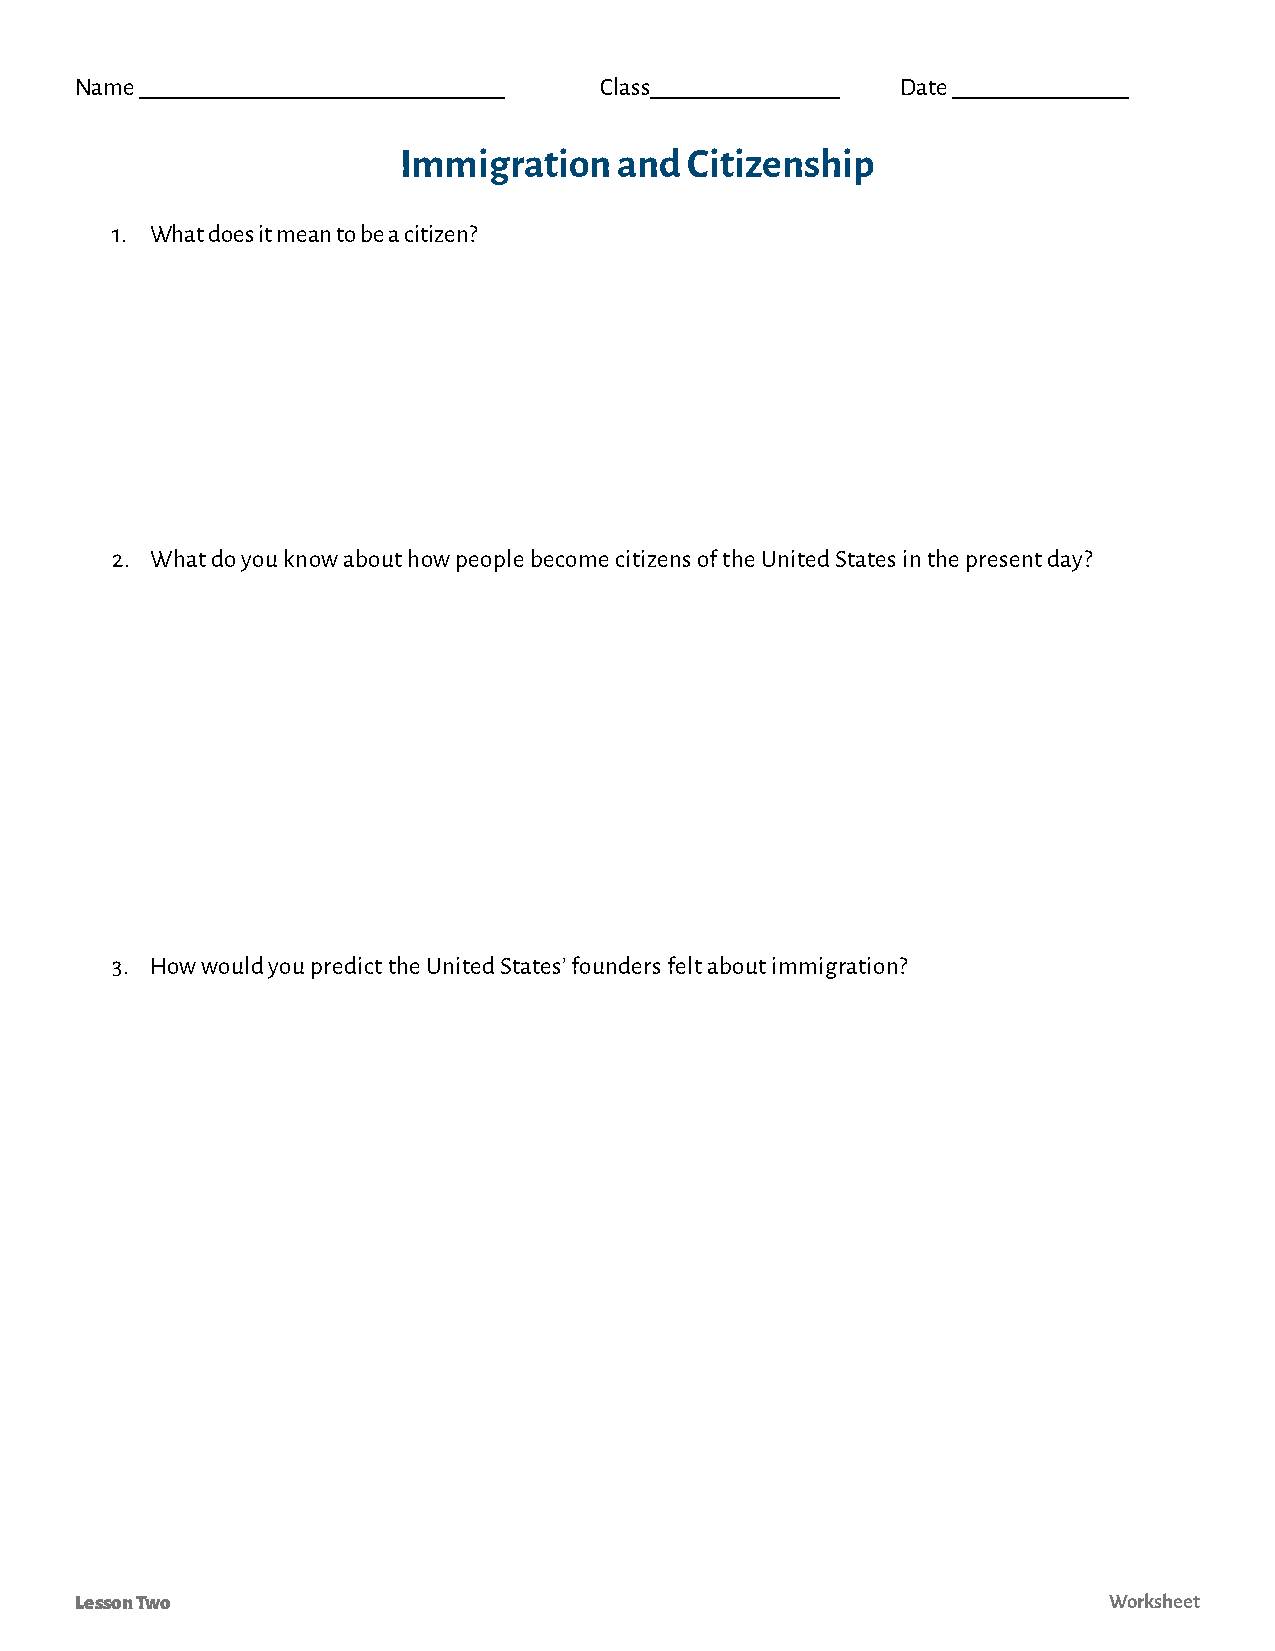
Name _______________________________ Class________________ Date _______________
 Immigration    and  Citizenship
 1. What does it mean to be a citizen?
 2. What do you know about how people become citizens of the United States in the present day?
 3. How would you predict the United States’ founders felt about immigration?
 Lesson Two                                                          Worksheet